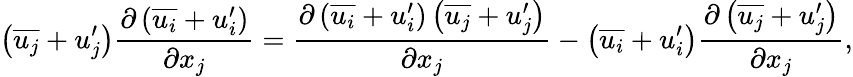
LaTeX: \left({\overline{{u_{j}}}}+u_{j}^{\prime}\right){\frac{\partial\left({\overline{{u_{i}}}}+u_{i}^{\prime}\right)}{\partial x_{j}}}={\frac{\partial\left({\overline{{u_{i}}}}+u_{i}^{\prime}\right)\left({\overline{{u_{j}}}}+u_{j}^{\prime}\right)}{\partial x_{j}}}-\left({\overline{{u_{i}}}}+u_{i}^{\prime}\right){\frac{\partial\left({\overline{{u_{j}}}}+u_{j}^{\prime}\right)}{\partial x_{j}}},